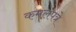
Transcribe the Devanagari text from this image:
कमलपत्रे